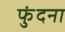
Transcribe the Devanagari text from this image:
फुंदना